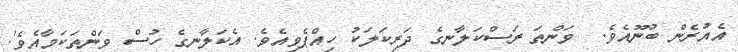
އެއުރެން ބުނޫއެވެ.  ވަންތަ ރަސްކަލާނގެ ދަރިކަލަކު ހިއްޕެވިއެވެ. އެކަލާނގެ ހުސް ވަންތަކަމާއެވެ!